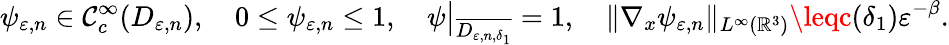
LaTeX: \psi_{\varepsilon,n}\in\mathcal{C}_{c}^{\infty}(D_{\varepsilon,n}),\quad0\leq\psi_{\varepsilon,n}\leq1,\quad\psi\big|_{\overline{{{D_{\varepsilon,n,\delta_{1}}}}}}=1,\quad\| \nabla_{x}\psi_{\varepsilon,n}\| _{L^{\infty}(\mathbb{{R}}^{3})}\leqc(\delta_{1})\varepsilon^{-\beta}.